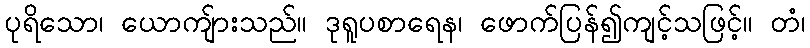
ပုရိသော၊ ယောကျ်ားသည်။ ဒုရူပစာရေန၊ ဖောက်ပြန်၍ကျင့်သဖြင့်။ တံ၊